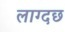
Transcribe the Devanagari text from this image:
लाग्दछ